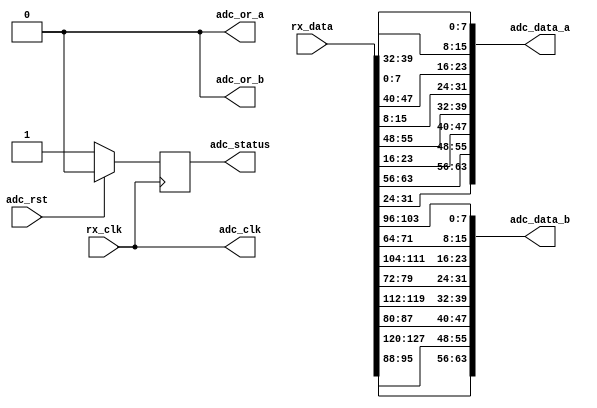
module axi_ad9234_if (

  // jesd interface 
  // rx_clk is (line-rate/40)

  rx_clk,
  rx_data,

  // adc data output

  adc_clk,
  adc_rst,
  adc_data_a,
  adc_data_b,
  adc_or_a,
  adc_or_b,
  adc_status);

  // jesd interface 
  // rx_clk is (line-rate/40)

  input           rx_clk;
  input  [127:0]  rx_data;

  // adc data output

  output          adc_clk;
  input           adc_rst;
  output  [63:0]  adc_data_a;
  output  [63:0]  adc_data_b;
  output          adc_or_a;
  output          adc_or_b;
  output          adc_status;

  // internal registers

  reg             adc_status = 'd0;

  // internal signals

  wire    [15:0]  adc_data_a_s3_s;
  wire    [15:0]  adc_data_a_s2_s;
  wire    [15:0]  adc_data_a_s1_s;
  wire    [15:0]  adc_data_a_s0_s;
  wire    [15:0]  adc_data_b_s3_s;
  wire    [15:0]  adc_data_b_s2_s;
  wire    [15:0]  adc_data_b_s1_s;
  wire    [15:0]  adc_data_b_s0_s;

  // adc clock is the reference clock

  assign adc_clk = rx_clk;
  assign adc_or_a = 1'b0;
  assign adc_or_b = 1'b0;

  // adc channels

  assign adc_data_a = { adc_data_a_s3_s, adc_data_a_s2_s,
                        adc_data_a_s1_s, adc_data_a_s0_s};

  assign adc_data_b = { adc_data_b_s3_s, adc_data_b_s2_s,
                        adc_data_b_s1_s, adc_data_b_s0_s};

  // data multiplex

  assign adc_data_a_s3_s = {rx_data[ 31: 24], rx_data[ 63: 56]};
  assign adc_data_a_s2_s = {rx_data[ 23: 16], rx_data[ 55: 48]};
  assign adc_data_a_s1_s = {rx_data[ 15:  8], rx_data[ 47: 40]};
  assign adc_data_a_s0_s = {rx_data[  7:  0], rx_data[ 39: 32]};

  assign adc_data_b_s3_s = {rx_data[ 95: 88], rx_data[127:120]};
  assign adc_data_b_s2_s = {rx_data[ 87: 80], rx_data[119:112]};
  assign adc_data_b_s1_s = {rx_data[ 79: 72], rx_data[111:104]};
  assign adc_data_b_s0_s = {rx_data[ 71: 64], rx_data[103: 96]};

  // status

  always @(posedge rx_clk) begin
    if (adc_rst == 1'b1) begin
      adc_status <= 1'b0;
    end else begin
      adc_status <= 1'b1;
    end
  end

endmodule